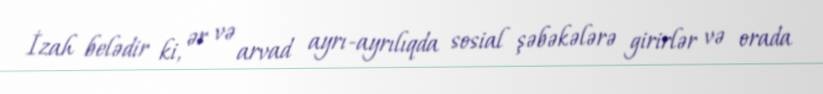
İzah belədir ki, ər və arvad ayrı-ayrılıqda sosial şəbəkələrə girirlər və orada